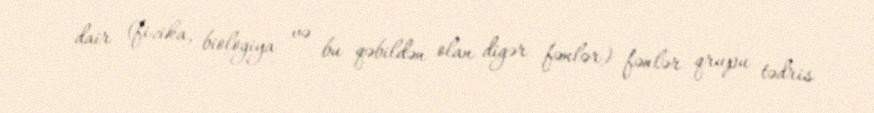
dair (fizika, biologiya və bu qəbildən olan digər fənlər) fənlər qrupu tədris